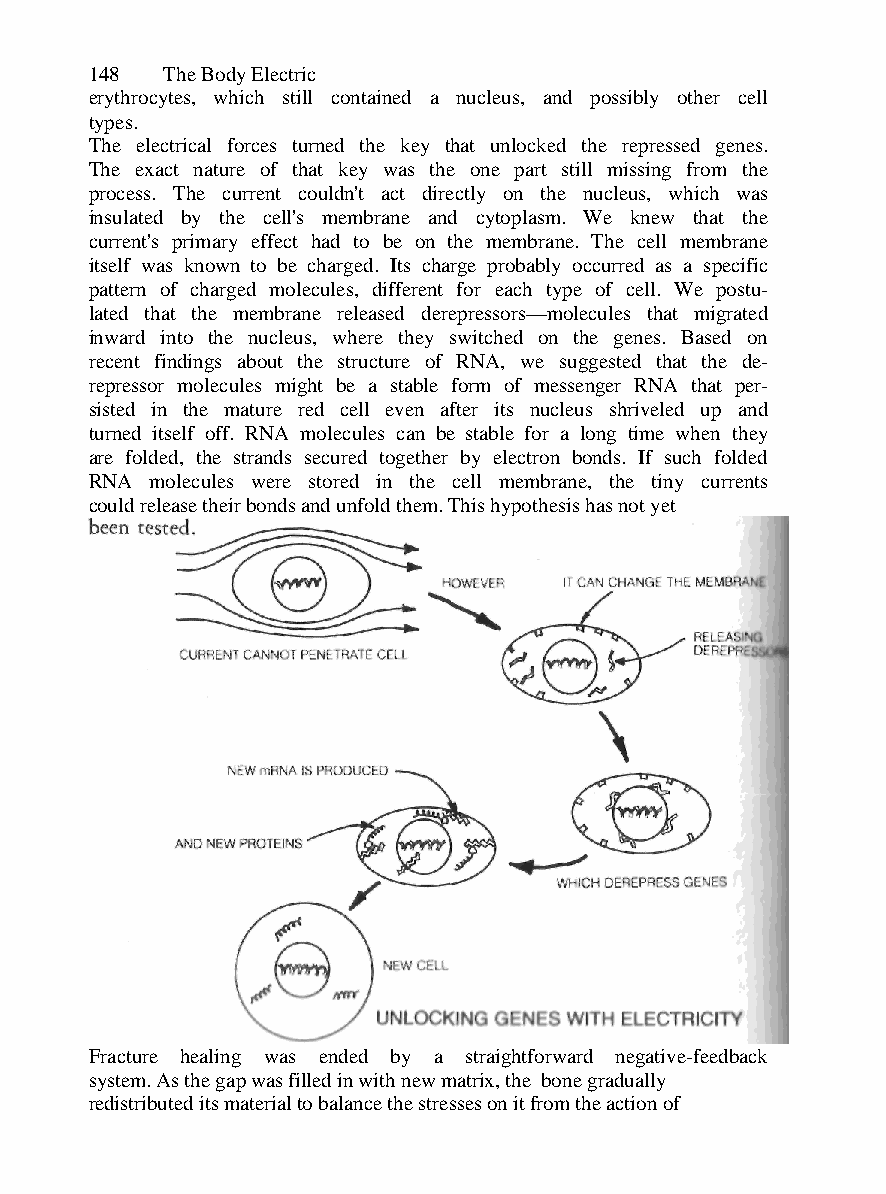
148  The Body Electric
 erythrocytes, which still contained a nucleus, and possibly other cell
 types.
 The electrical forces turned the key that unlocked the repressed genes.
 The exact nature of that key was the one part still missing from the
 process. The current couldn't act directly on the nucleus, which was
 insulated by the cell's membrane and cytoplasm. We knew that the
 current's primary effect had to be on the membrane. The cell membrane
 itself was known to be charged. Its charge probably occurred as a specific
 pattern of charged molecules, different for each type of cell. We postu-
 lated that the membrane released derepressors—molecules that migrated
 inward into the nucleus, where they switched on the genes. Based on
 recent findings about the structure of RNA, we suggested that the de-
 repressor molecules might be a stable form of messenger RNA that per-
 sisted in the mature red cell even after its nucleus shriveled up and
 turned itself off. RNA molecules can be stable for a long time when they
 are folded, the strands secured together by electron bonds. If such folded
 RNA molecules were stored in the cell membrane, the tiny currents
 could release their bonds and unfold them. This hypothesis has not yet
 Fracture healing was ended by a straightforward negative-feedback
 system. As the gap was filled in with new matrix, the bone gradually
 redistributed its material to balance the stresses on it from the action of